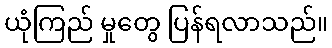
ယုံကြည် မှုတွေ ပြန်ရလာသည်။